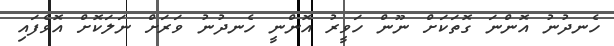
ހެނދުނު އޮންނަ ގޮތަކަށް ނޫން ހަވީރު އޮންނީ ހެނދުނު ވަރަށް ނަލަކޮށް އޮވެފައި